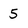
Character: 5